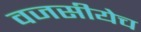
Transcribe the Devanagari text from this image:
वजसीयेच